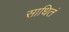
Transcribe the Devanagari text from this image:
साधितं